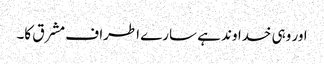
اور وہی خداوند ہے سارے اطراف مشرق کا۔